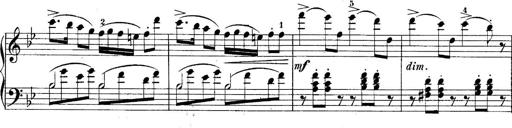
Title: 10 Sonatines progressives
Composer: Anton Schmoll